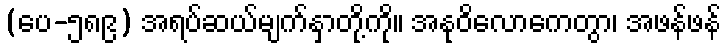
(ပေ-၅၈၉) အရပ်ဆယ်မျက်နှာတို့ကို။ အနုဝိလောကေတွာ၊ အဖန်ဖန်